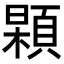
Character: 𩓢